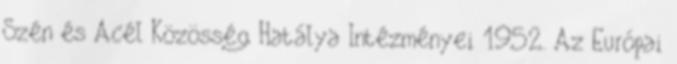
Szén és Acél Közösség Hatálya Intézményei 1952. Az Európai